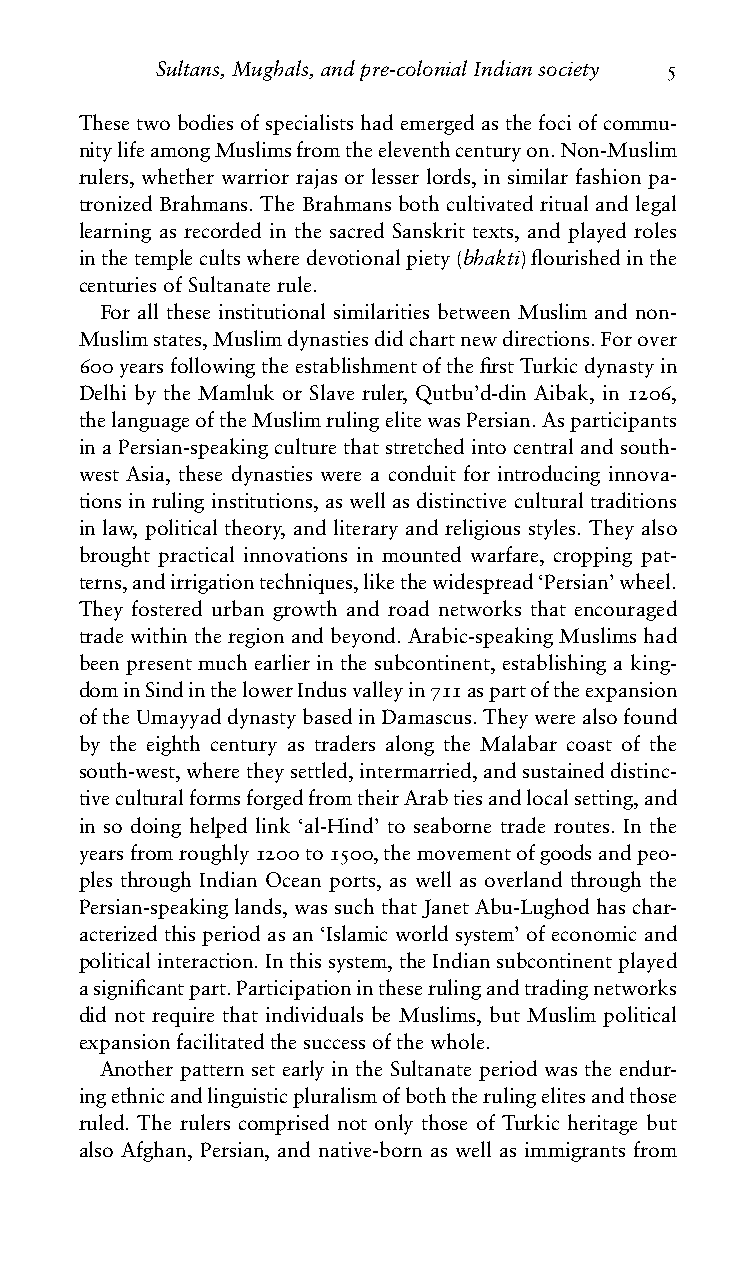
Sultans,Mughals,andpre-colonialIndiansociety 5
 Thesetwobodiesofspecialistshademergedasthefociofcommu-
 nitylifeamongMuslimsfromtheeleventhcenturyon.Non-Muslim
 rulers, whether warrior rajas or lesser lords, in similar fashion pa-
 tronized Brahmans. The Brahmans both cultivated ritual and legal
 learning as recorded in the sacred Sanskrit texts, and played roles
 inthetemplecultswheredevotionalpiety(bhakti)flourishedinthe
 centuriesofSultanaterule.
 For all these institutional similarities between Muslim and non-
 Muslimstates,Muslimdynastiesdidchartnewdirections.Forover
 600yearsfollowingtheestablishmentofthefirstTurkicdynastyin
 Delhi by the Mamluk or Slave ruler, Qutbu’d-din Aibak, in 1206,
 thelanguageoftheMuslimrulingelitewasPersian.Asparticipants
 inaPersian-speakingculturethatstretchedintocentralandsouth-
 west Asia, these dynasties were a conduit for introducing innova-
 tions in ruling institutions, as well as distinctive cultural traditions
 in law, political theory, and literary and religious styles. They also
 brought practical innovations in mounted warfare, cropping pat-
 terns,andirrigationtechniques,likethewidespread‘Persian’wheel.
 They fostered urban growth and road networks that encouraged
 tradewithintheregionandbeyond.Arabic-speakingMuslimshad
 been present much earlier in the subcontinent, establishing a king-
 dominSindinthelowerIndusvalleyin711aspartoftheexpansion
 oftheUmayyaddynastybasedinDamascus.Theywerealsofound
 by the eighth century as traders along the Malabar coast of the
 south-west,wheretheysettled,intermarried,andsustaineddistinc-
 tiveculturalformsforgedfromtheirArabtiesandlocalsetting,and
 in so doing helped link ‘al-Hind’ to seaborne trade routes. In the
 yearsfromroughly1200to1500,themovementofgoodsandpeo-
 ples through Indian Ocean ports, as well as overland through the
 Persian-speakinglands,wassuchthatJanetAbu-Lughodhaschar-
 acterized this period as an ‘Islamic world system’ of economic and
 politicalinteraction.Inthissystem,theIndiansubcontinentplayed
 asignificantpart.Participationintheserulingandtradingnetworks
 did not require that individuals be Muslims, but Muslim political
 expansionfacilitatedthesuccessofthewhole.
 Another pattern set early in the Sultanate period was the endur-
 ingethnicandlinguisticpluralismofboththerulingelitesandthose
 ruled. The rulers comprised not only those of Turkic heritage but
 also Afghan, Persian, and native-born as well as immigrants from